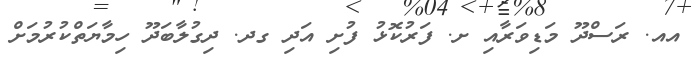
އއ. ރަސްދޫ މަޑިވަރާއި ށ. ފަރުކޮޅު ފުށި އަދި ގދ. ދިގުލާބަދޫ ހިމާޔަތްކުރުމަށް